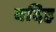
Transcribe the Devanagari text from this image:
वदिह